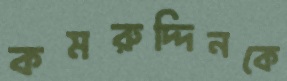
কমরুদ্দিনকে